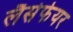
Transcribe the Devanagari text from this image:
लैसेफेयर